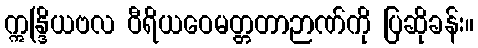
ဣန္ဒြိယဗလ ဝီရိယဝေမတ္တတာဉာဏ်ကို ပြဆိုခန်း။